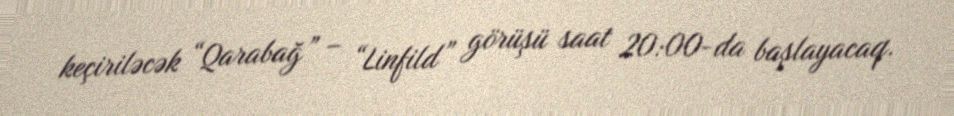
keçiriləcək “Qarabağ” – “Linfild” görüşü saat 20:00-da başlayacaq.